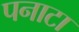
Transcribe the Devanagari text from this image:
पनाटा